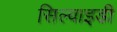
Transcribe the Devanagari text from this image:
सिल्वाइडी